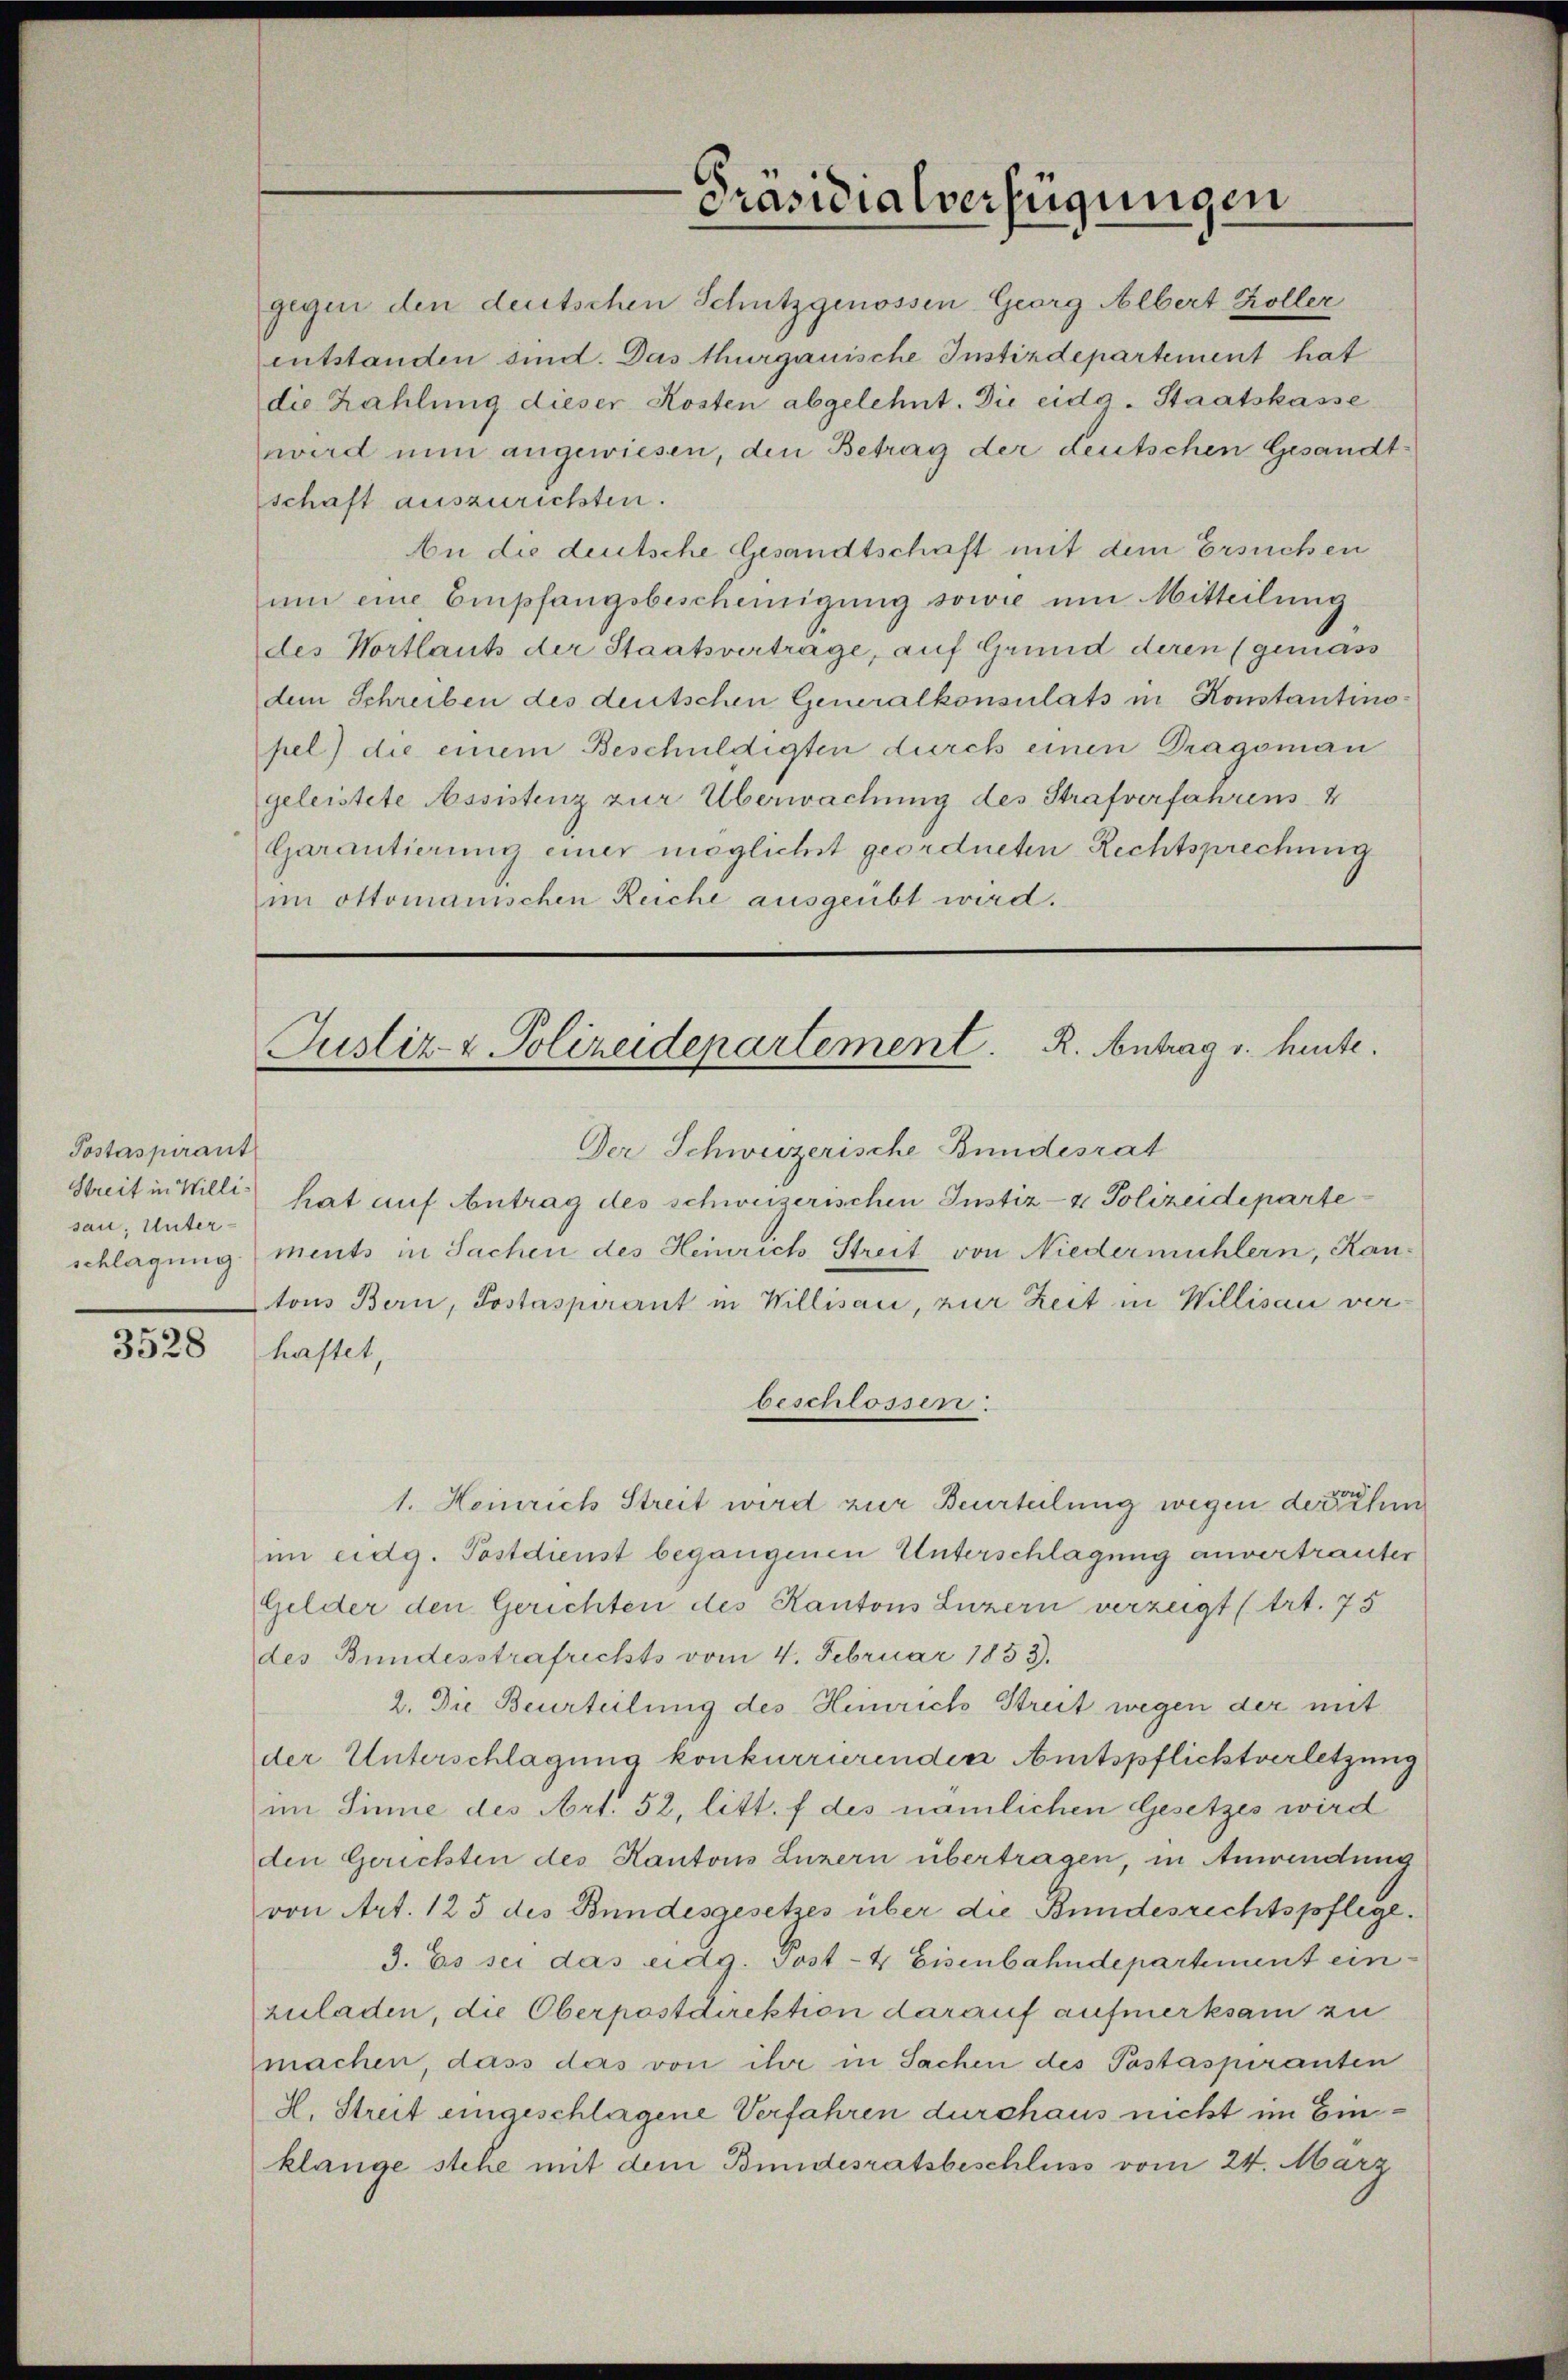
Postaspirant
sau, Unter¬

3528

Präsidialverfügungen

gegen den deutschen Schutzgenossen Georg Albert Koller
entstanden sind. Das thurgauische Instizdepartement hat
die Zahlung dieser Kosten abgelehnt. Die eida-Staatskasse
wird nun angewiesen, den Betrag der deutschen Gesandt-
schaft auszurichten.
An die deutsche Gesandtschaft mit dem Ersuchen
um eine Empfangsbescheinigung sowie um Mitteilung
des Wortlauts der Staatsvertrage, auf Grund deren (gemäss
dem Schreiben des deutschen Generalkonsulats in Konstantinopel) die einem Beschuldigten durch einen Dragsman
geleistete Assistenz zur Überwachung des Strafverfahrens 4
Garantierung einer möglichst geordneten Rechtsprechung
im ottomanischen Reiche ausgeübt wird.

Der Schweizerische Bundesrat
Streit in Willi hat auf Antrag des schweizerischen Instiz- & Polizeideparte
schlagung ments in Sachen des Heinrich Streit von Niedermühlern, Kan-
tons Bern, Postaspirant in Willisau, zur Zeit in Willisau verhastet,
beschlossen.
1. Heinrich Streit wird zur Beurteilung wegen der einer sehen
im eidg. Postdienst begangenen Unterschlagung anvertrauter
Gelder den Gerichten des Kantons Luzern verzeigt (Art. 75
des Bundesstrafrichts vom 4. Februar 1853.
2. Die Beurteilung des Heinrich Streit wegen der mit
der Unterschlagung konkurrierenden Amtspflichtverletzung
im Sinne des Art. 52, litt. f des nämlichen Gesetzes wird
den Gerichten des Kantons Luzern übertragen, in Anwendung
von Art. 125 des Bundesgesetzes über die Bundesrechtspflege.
3. Es sei das eidg. Post- & Eisenbahndepartement einzuladen, die Oberpostdirektion darauf aufmerksam zu
machen, dass das von ihr in Sachen des Pastaspiranten
H. Streit eingeschlagene Verfahren durchaus nicht im Einklange stehe mit dem Bundesratsbeschluss vom 24. März

Justiz- & Polizeidepartement. R. Antrag v. heute.